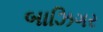
બાઝિગર